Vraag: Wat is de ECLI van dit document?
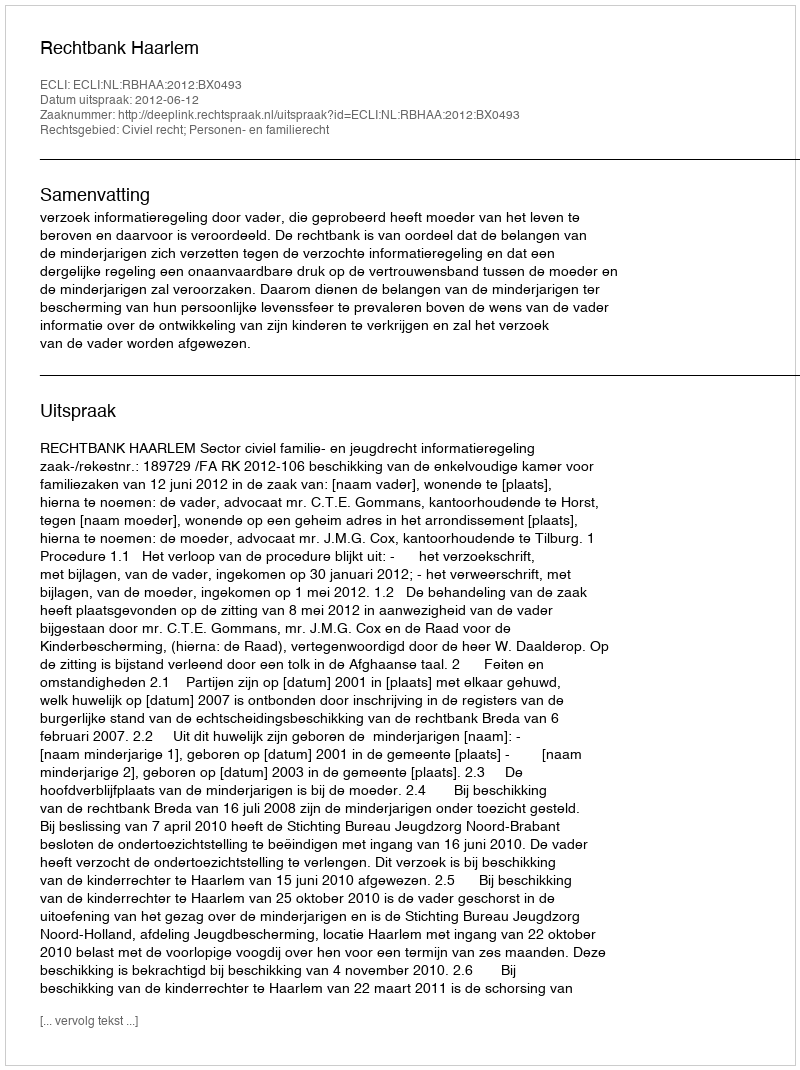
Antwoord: ECLI:NL:RBHAA:2012:BX0493